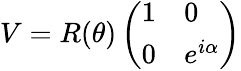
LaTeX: V=R(\theta)\left(\begin{array}{ll}{{1}}&{{0}}\\ {{0}}&{{e^{i\alpha}}}\end{array}\right)